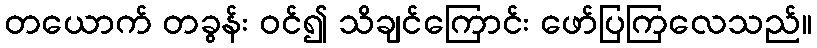
တယောက် တခွန်း ဝင်၍ သိချင်ကြောင်း ဖော်ပြကြလေသည်။